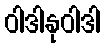
ဝါဒါနုဝါဒါ